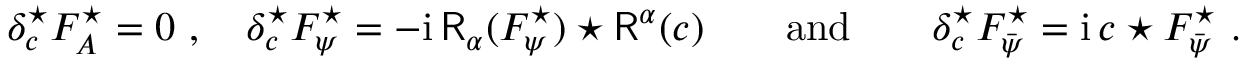
\begin{array} { r } { \delta _ { c } ^ { \star } F _ { A } ^ { \star } = 0 \ , \quad \delta _ { c } ^ { \star } F _ { \psi } ^ { \star } = - { \mathrm { i } } \, \mathsf { R } _ { \alpha } ( F _ { \psi } ^ { \star } ) \star \mathsf { R } ^ { \alpha } ( c ) \qquad \mathrm { a n d } \qquad \delta _ { c } ^ { \star } F _ { \bar { \psi } } ^ { \star } = { \mathrm { i } } \, c \star F _ { \bar { \psi } } ^ { \star } \ . } \end{array}